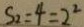
S _ { 2 } = 4 = 2 ^ { 2 }